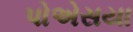
પોએસયા